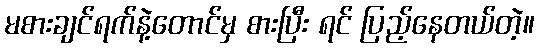
မစားချင်ရက်နဲ့တောင်မှ စားပြီး ရင် ပြည့်နေတယ်တဲ့။